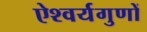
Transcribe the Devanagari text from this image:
ऐश्वर्यगुणों